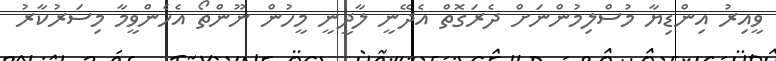
ވީއިރު އިންޑިޔާ މުސްލިމުންނަށް ދެރަގޮތް އެދޭނީ ލާދީނީ މީހުން ނޫންތޯ އެހެންވީމާ މިސަރުކާރު